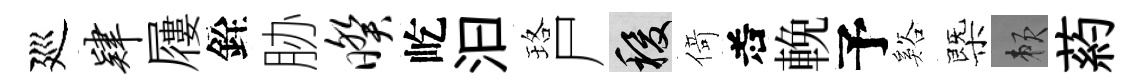
廵肄屨銓胁暌屹汩珞尸稷𠋣𠰥輓予谿㮣賴葯